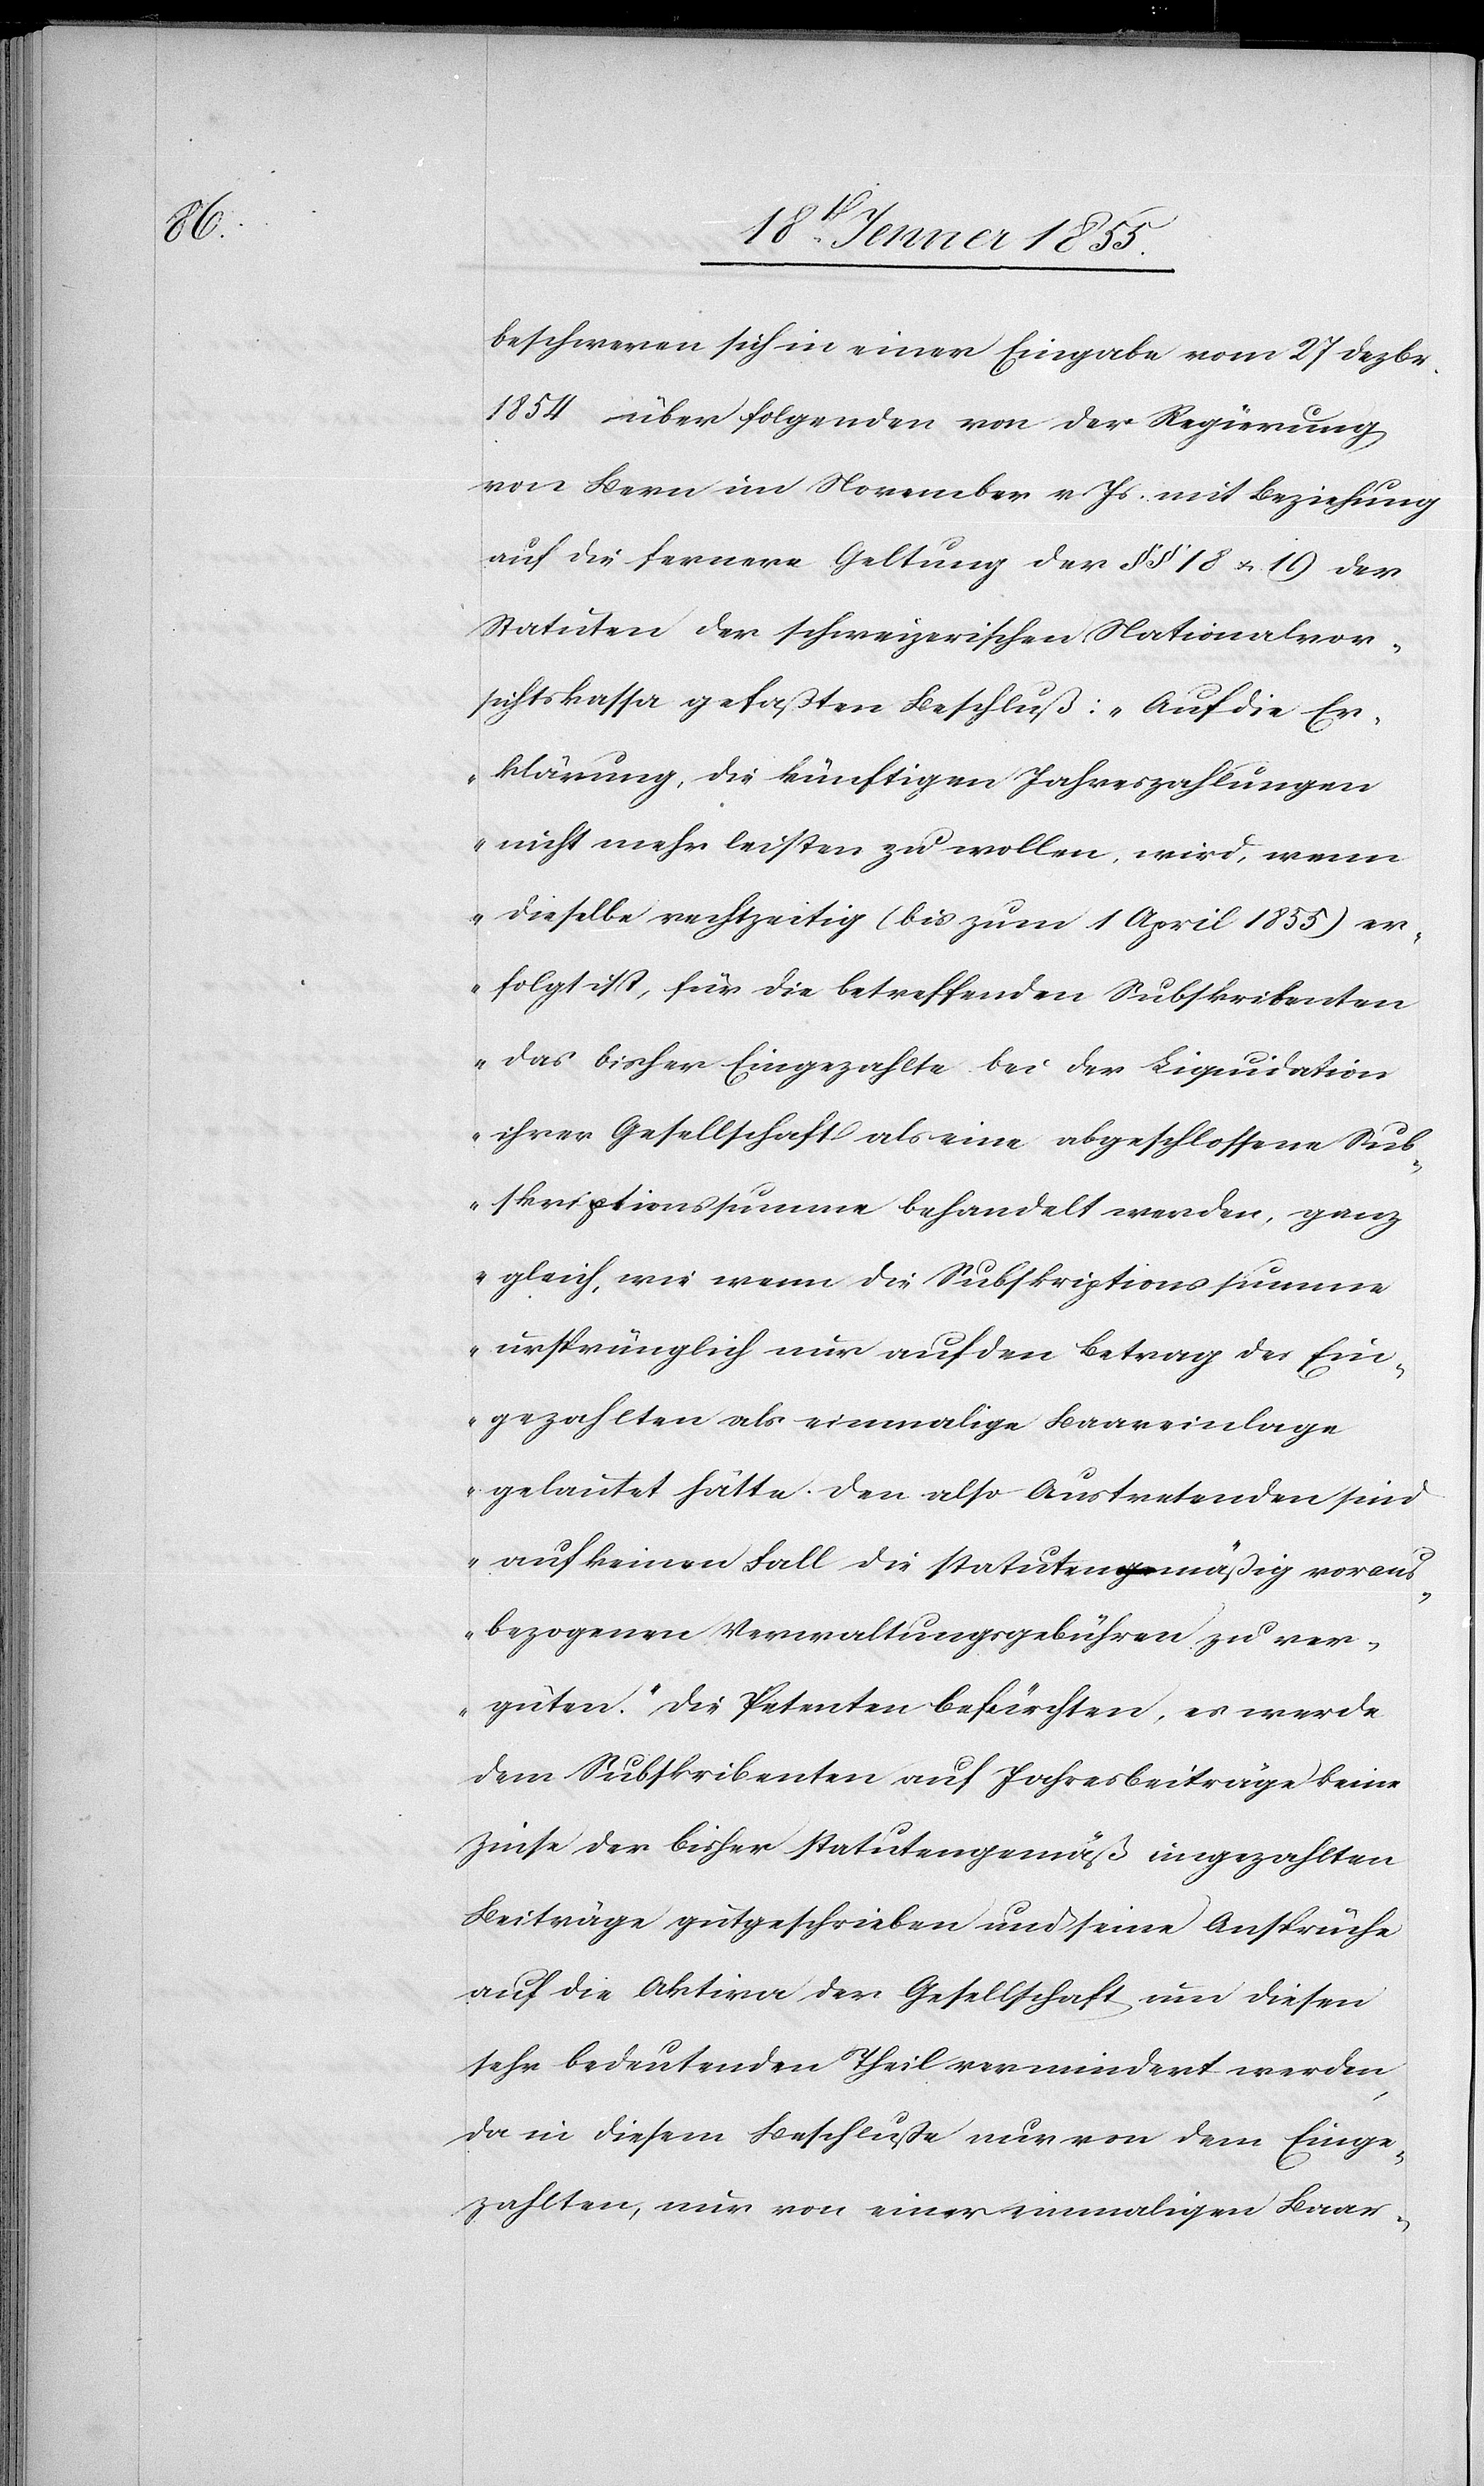
beschweren sich in einer Eingabe vom 27 Dezbr.
1854 über folgenden von der Regierung
von Bern im November v. Js. mit Beziehung
auf die fernere Geltung der §§ 18 & 19 der
Statuten der schweizerischen Nationalvor¬
sichtskassa gefaßten Beschluß: „Auf die Er¬
klärung, die künftigen Jahreszahlungen
nicht mehr leisten zu wollen, wird, wenn
dieselbe rechtzeitig (bis zum 1 April 1855) er¬
folgt ist, für die betreffenden Subskribenten
das bisher Eingezahlte bei der Liquidation
ihrer Gesellschaft als eine abgeschlossene Sub¬
skriptionssumme behandelt werden, ganz
gleich, wie wenn die Subskriptionssumme
ursprünglich nur auf den Betrag des Ein¬
gezahlten als einmalige Baareinlage
gelautet hätte. Den also Austretenden sind
auf keinen Fall die statutenmäßig voraus¬
bezogenen Verwaltungsgebühren zu ver¬
güten.“ Die Petenten befürchten, es werde
dem Subskribenten auf Jahresbeiträge keine
Zinse der bisher statutengemäß eingezahlten
Beiträge gutgeschrieben und seine Ansprüche
auf die Aktiva der Gesellschaft um diesen
sehr bedeutenden Theil vermindert werden,
da in diesem Beschlusse nur von dem Einge¬
zahlten, nur von einer einmaligen Baar-